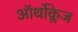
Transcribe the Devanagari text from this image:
ऑर्थोक्लेज